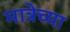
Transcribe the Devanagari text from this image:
मात्रेच्या